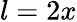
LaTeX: l=2x